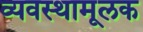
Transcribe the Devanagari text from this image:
व्यवस्थामूलक